Civil Veterinary Dept. Assam report 1911-1927 - 1911-1927
Year: 1911
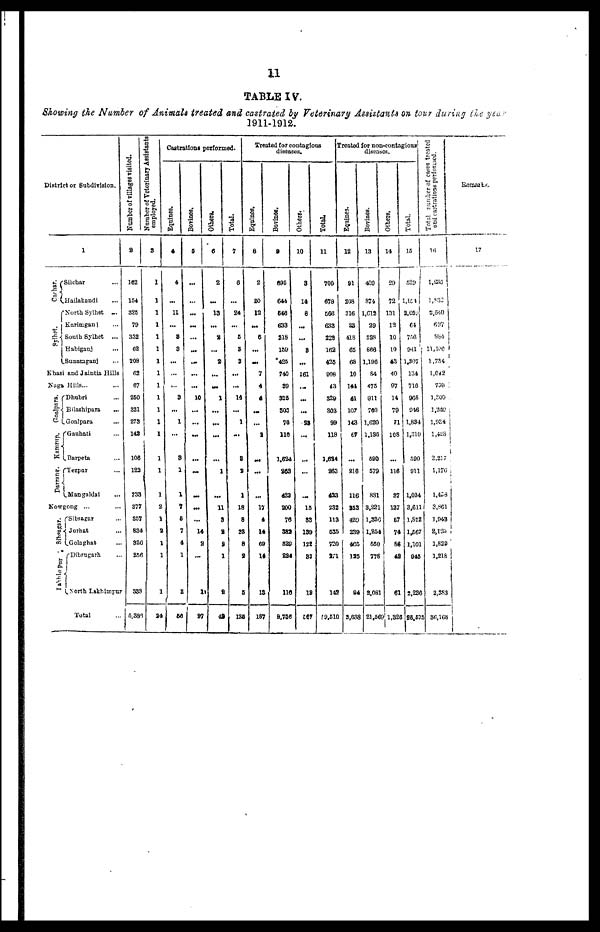
11
TABLE IV.
Showing the Number of Animals treated and castrated by Veterinary Assistants on tour during the year
1911-1912 .
District or Subdivision.
Carhar.
Sylhet.
1
Silchar ...
Hailakandi ...
North Sylhet ....
Karimganj ...
South Sylhet ...
Habiganj ...
Sunataganj ...
Khasi and Jaintia Hills
Naga Hills. ... ...
Goalpara ...
Kamnip .
Darrang.
Dhubri ...
Bilashipara
...
Goalpara ...
Gauhati ...
Barpeta . ...
Tezpur ...
Mangaldai . ...
Kowgong ... ...
Subsagar.
T
Sibsagar ...
Jorhat ...
Golaghat . ...
Dibmgarh ...
North Lakhimpur
Total
Number of villages visited.
8
162
164
325
79
332
62
208
62
67
260
321
278
142
106
122
238
377
867
884
320
266
333
6,881
Number
of Veterinary Assistants
employed.
8
1
1
1
1
1
1
1
1
1
1
1
1
1
1
1
1
2
1
1
1
1
1
24
Castrations performed.
Equines.
4
4
...
11
...
8
8
...
...
...
8
...
1
...
8
1
1
7
6
7
4
1
2
50
Bovines.
5
...
...
...
...
...
....
...
...
....
10
...
...
...
...
...
...
...
...
1
...
1
27
Others.
6
2
...
13
...
2
...
2
...
...
1
...
...
...
...
1
...
11
9
2
8
1
2
49
Total.
7
6
...
24
...
5
8
2
...
...
14
...
1
. ...
8
2
1
18
8
23
8
2
8
128
Treated for contagions
diseases.
Equines.
8
2
20
12
....
6
...
...
7
4
4
....
...
2
....
...
...
17
4
14
68
14
18
187
Bovines,
9
695
644
648
638
218
159
426
740
89
325
803
76
110
1.624
208
428
200
76
882
829
224
110
8,756
Others.
10
3
14
8
...
. ...
8
...
161
...
...
...
23
...
....
...
...
18
83
189
122
83
18
867
Total
11
700
678
666
638
228
162
426
808
43
329
803
99
118
1,624
263
428
232
113
638
720
an
142
19.510
reated for non-contagious
diseases.
Equlnes.
12
91
208
316
23
418
66
68
10
144
41
107
143
67
...
216
116
253
420
239
466
125
94
3,638
Bovines.
13
400
874
1,612
29
828
666
1,196
84
476
911
760
1.620
1,135
690
679
881
3,221
1,336
1,254
660
778
2,081
21,56
Others
14
29
72
131
12
10
10
43
40
97
14
79
71
108
...
116
87
187
67
74
86
42
61
1,326
Total.
16
529
1,104
3,05V
64
756
941
1,307
134
716
966
946
1,834
1,310
590
911
1,034
3,611
1,822
1,567
1,101
946
2,236
28,533
Total number of cases treated
and castrations performed.
16
1,235
1,532
2,640
697
984
I1,106
1,734
1,042
758
1,800
1,240
1,984
1,428
2,217
1,176
1,453
3,861
1,048
2,125
1,829
1,218
2,383
36,168
Remarks.
17
i